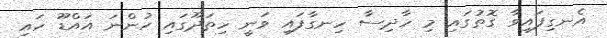
އެނގިފައިވާ ގޮތުގައި މި ހާދިސާ ހިނގާފައި ވަނީ ހިތަދޫގައި ހުންނަ އައްޑޫ ހައި